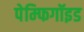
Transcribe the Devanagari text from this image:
पेम्फिगॉइड